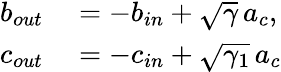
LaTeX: \begin{array}{rl}{b_{out}}&{{}=-b_{in}+\sqrt{\gamma}\, a_{c},}\\ {c_{out}}&{{}=-c_{in}+\sqrt{\gamma_{1}}\, a_{c}}\end{array}